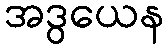
အဒွယေန